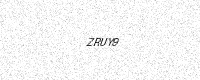
Text: ZRUY9